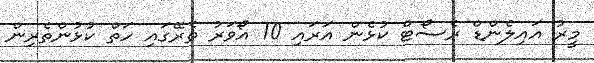
މީރު އައިލެންޑް ރެސޯޓް ކުޅެން އަރައި 10 އޯވަރު ތެރޭގައި ހަތް ކުޅުންތެރިން